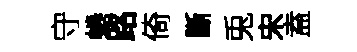
守蜷路倚斷兎宋盍